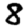
Digit: 8